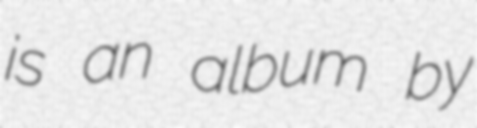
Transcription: is an album by